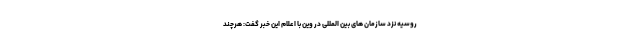
روسیه نزد سازمان های بین المللی در وین با اعلام این خبر گفت: هرچند